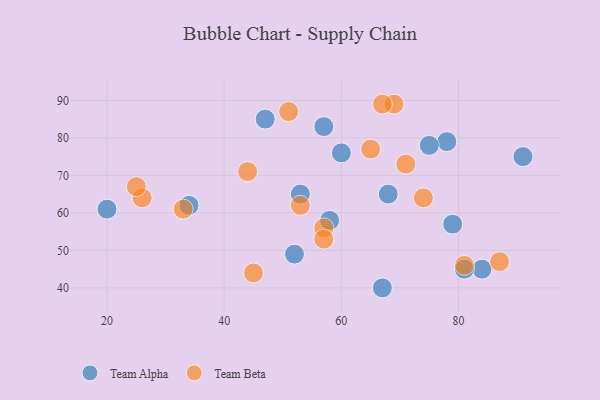
{"axis": {"x": "GDP", "y": "Life Expectancy"}, "legend": ["Team Alpha", "Team Beta"], "data": [{"x": "84", "y": 45, "type": "Team Alpha"}, {"x": "68", "y": 65, "type": "Team Alpha"}, {"x": "79", "y": 57, "type": "Team Alpha"}, {"x": "67", "y": 40, "type": "Team Alpha"}, {"x": "78", "y": 79, "type": "Team Alpha"}, {"x": "57", "y": 83, "type": "Team Alpha"}, {"x": "75", "y": 78, "type": "Team Alpha"}, {"x": "34", "y": 62, "type": "Team Alpha"}, {"x": "53", "y": 65, "type": "Team Alpha"}, {"x": "20", "y": 61, "type": "Team Alpha"}, {"x": "47", "y": 85, "type": "Team Alpha"}, {"x": "81", "y": 45, "type": "Team Alpha"}, {"x": "91", "y": 75, "type": "Team Alpha"}, {"x": "60", "y": 76, "type": "Team Alpha"}, {"x": "58", "y": 58, "type": "Team Alpha"}, {"x": "52", "y": 49, "type": "Team Alpha"}, {"x": "51", "y": 87, "type": "Team Beta"}, {"x": "81", "y": 46, "type": "Team Beta"}, {"x": "33", "y": 61, "type": "Team Beta"}, {"x": "69", "y": 89, "type": "Team Beta"}, {"x": "57", "y": 56, "type": "Team Beta"}, {"x": "65", "y": 77, "type": "Team Beta"}, {"x": "57", "y": 53, "type": "Team Beta"}, {"x": "74", "y": 64, "type": "Team Beta"}, {"x": "53", "y": 62, "type": "Team Beta"}, {"x": "26", "y": 64, "type": "Team Beta"}, {"x": "67", "y": 89, "type": "Team Beta"}, {"x": "71", "y": 73, "type": "Team Beta"}, {"x": "87", "y": 47, "type": "Team Beta"}, {"x": "25", "y": 67, "type": "Team Beta"}, {"x": "44", "y": 71, "type": "Team Beta"}, {"x": "45", "y": 44, "type": "Team Beta"}]}